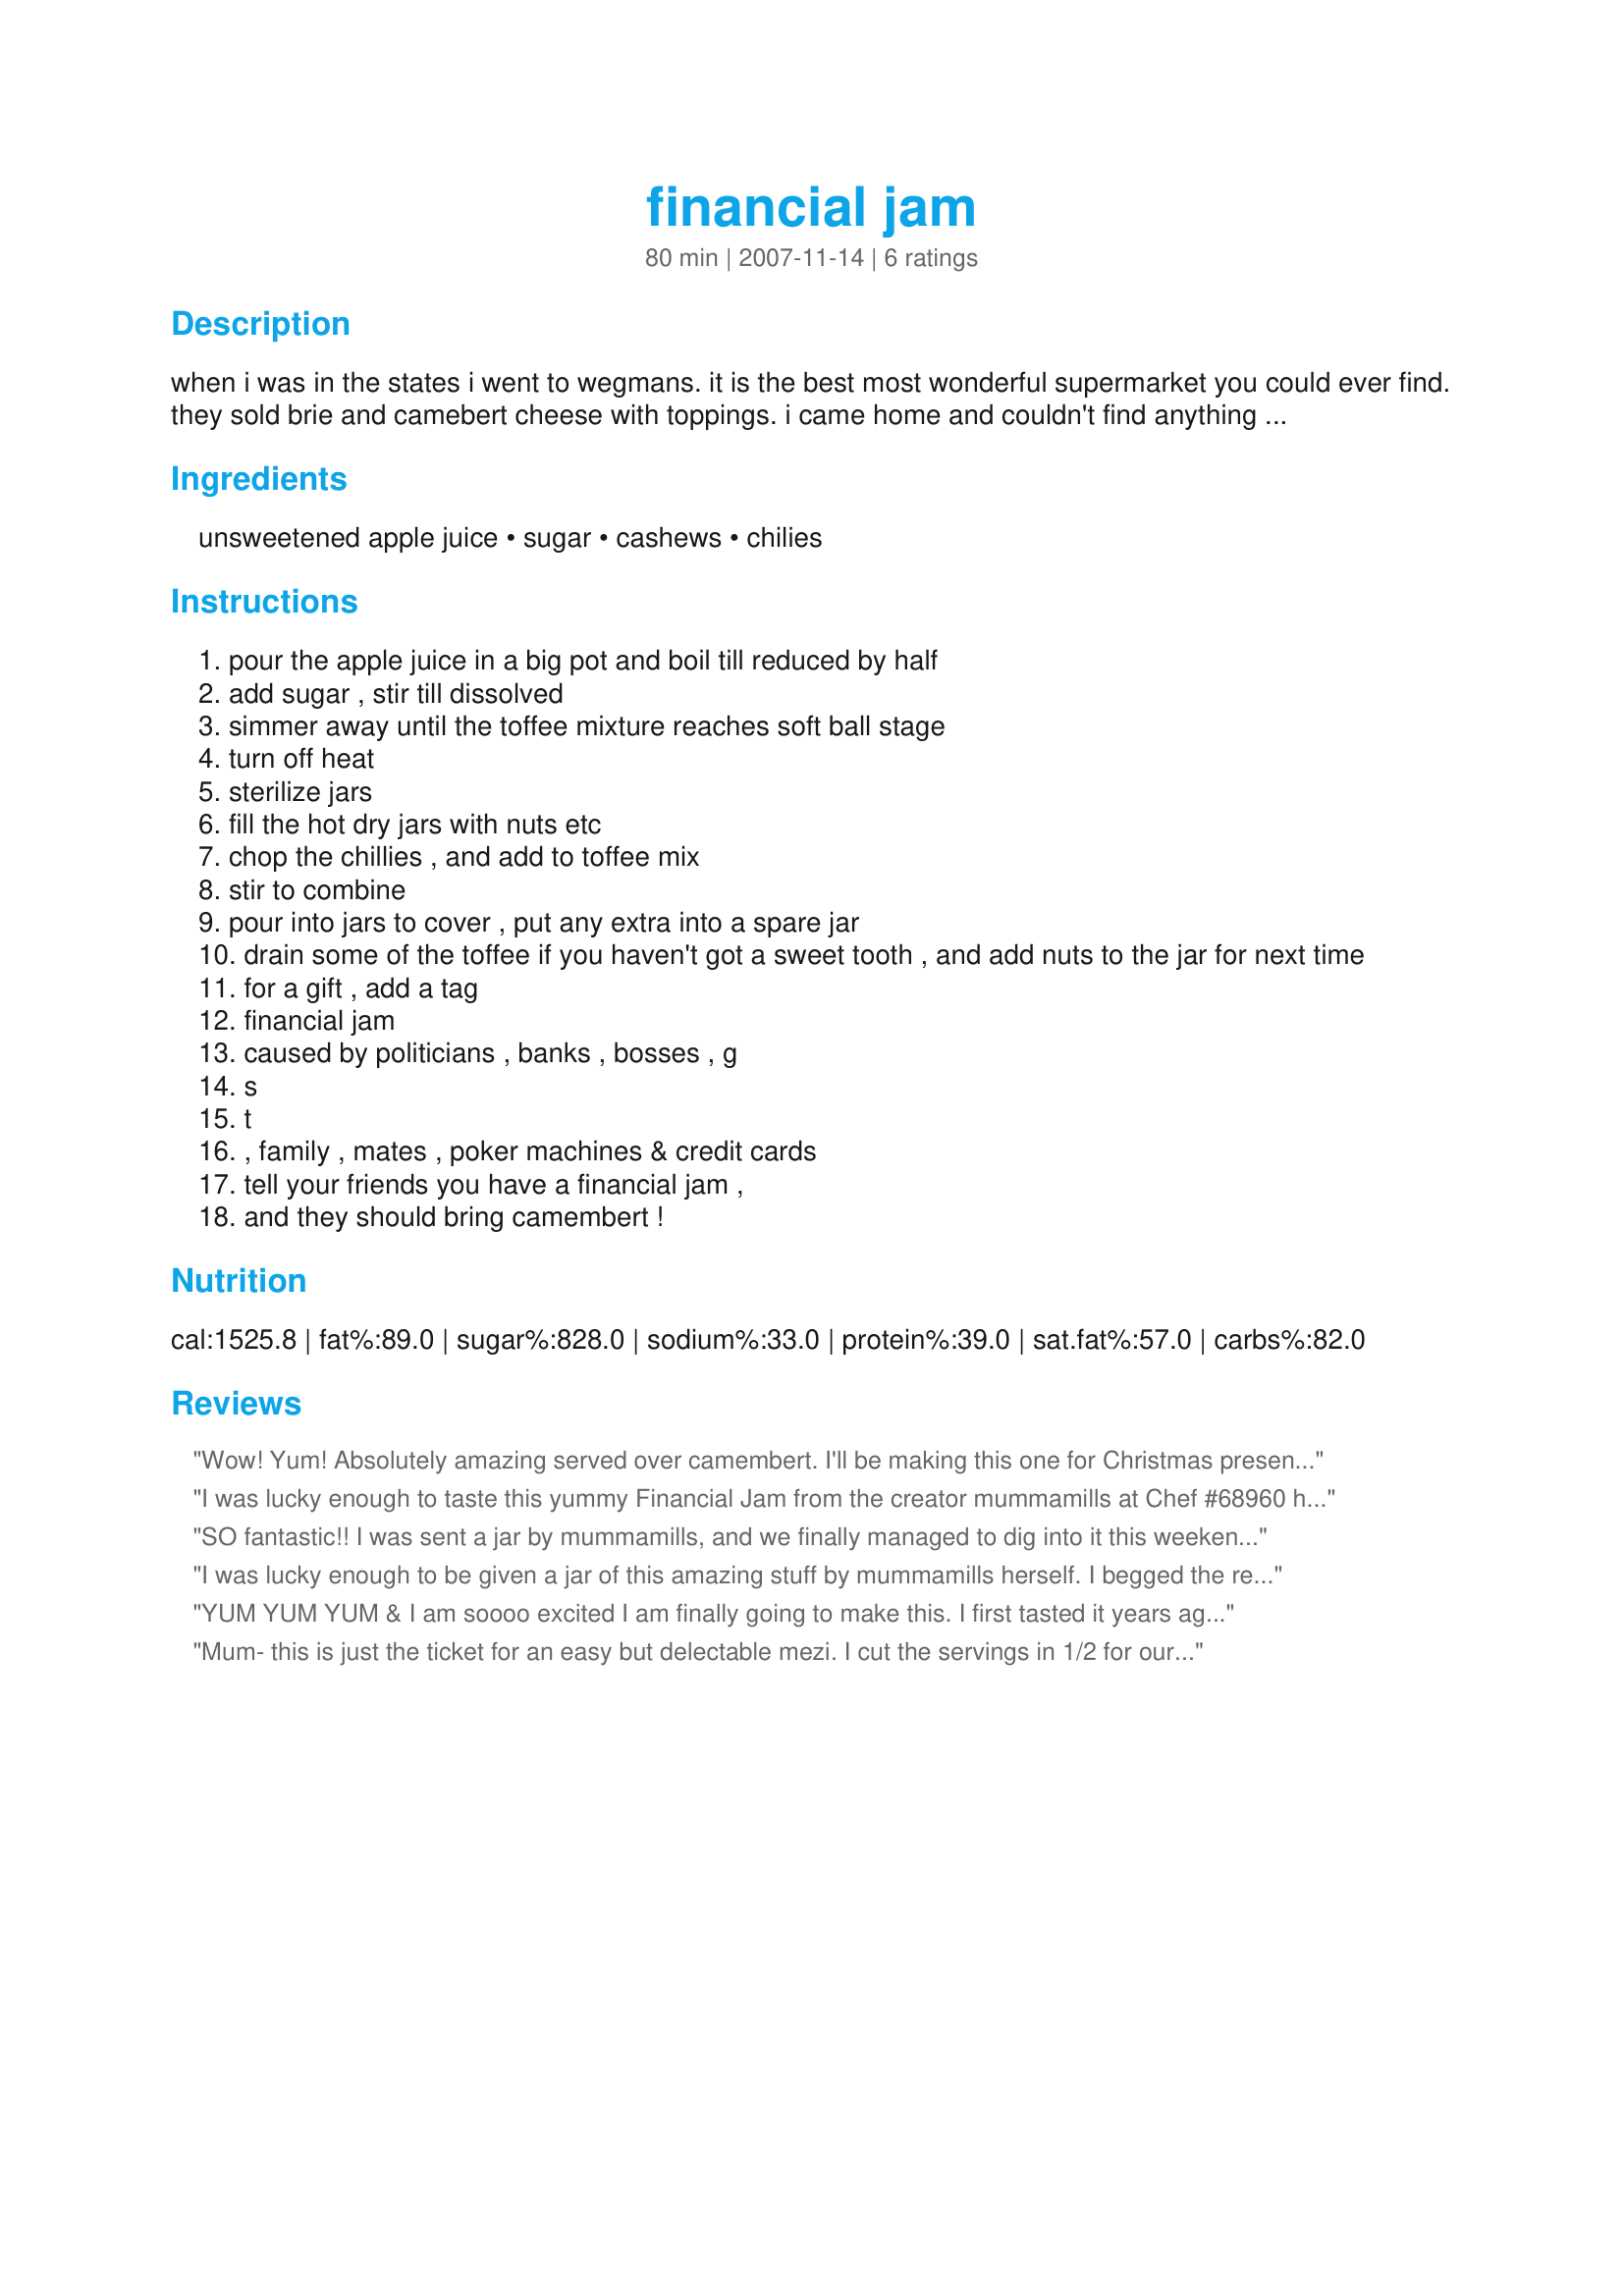
financial jam
Preparation time: 80 minutes

when i was in the states i went to wegmans. it is the best most wonderful supermarket you could ever find. they sold brie and camebert cheese with toppings. i came home and couldn't find anything like it, so here is my recipe for a "topping"

i usually add this tag

financial jam
caused by
politicians, banks, bosses, g.s.t., family,
mates, poker machines & credit cards.
tell your friends you have a
financial jam,
and they should bring camembert!!!

it isn't really a recipe, its more of an idea, and i invite you to do your own thing. i have used craisens, in the mix, was great, but i found australian sultanas were way too sweet. you dont have to add the chilli, but it cuts the sweetness. i use chrissyo's chilli sauce for home use, its great, but the jam doesnt look as good.

Ingredients:
unsweetened apple juice, sugar, cashews, chilies

Steps:
pour the apple juice in a big pot and boil till reduced by half
add sugar , stir till dissolved
simmer away until the toffee mixture reaches soft ball stage
turn off heat
sterilize jars
fill the hot dry jars with nuts etc
chop the chillies , and add to toffee mix
stir to combine
pour into jars to cover , put any extra into a spare jar
drain some of the toffee if you haven't got a sweet tooth , and add nuts to the jar for next time
for a gift , add a tag
financial jam
caused by politicians , banks , bosses , g
s
t
, family , mates , poker machines & credit cards
tell your friends you have a financial jam ,
and they should bring camembert !

Reviews:
Wow! Yum! Absolutely amazing served over camembert. I'll be making this one for Christmas presents for sure. I think we are really lucky that Jan actually shared this with us! Thank you Mummamills. Now I'd *really* love your recipe for Pickled Peppers - pleeease!
I was lucky enough to taste this yummy Financial Jam from the creator mummamills at Chef #68960 home (See menu: Menu #17731) It was so yummy, mummamills served it with Camembert cheese and crackers. I liked the sweet, spicy and crunchy texture from the jam on top of the savoury contracts with the cheese. Thank you mummamills.
SO fantastic!! I was sent a jar by mummamills, and we finally managed to dig into it this weekend. Served it over Camembert, and everyone loved it!! Definitely going to be making some more. Thanks mummamills!
I was lucky enough to be given a jar of this amazing stuff by mummamills herself. I begged the recipe from her and here it is. My husband was a bit sceptical about camembert with this sweetish, spicy topping, but is now a firm convert. Mumma sent me on my way with a jar and I shared my precious stuff with Jewelies who also loved it. I'm currently staying with her and we plan to make our own batch tomorrow before I leave. I topped up the remaining toffee with roasted macadamias for a change.
YUM YUM YUM & I am soooo excited I am finally going to make this. I first tasted it years ago in Hervey Bay in Qld Australia & fell in love with it I can't wait to make for xmas pressies for everyone so they too can have something so scrumptious to eat !!
Mum- this is just the ticket for an easy but delectable mezi. I cut the servings in 1/2 for our small dinner party and it came out wonderful. I used a finely chopped chili grown in my window garden, app0lejuice from aldi's, and the pecans as that is what I had on hand. WONDERFUL! Served over brie, and camembert cheese. I plan to make this for the holidays using the full amounts but also add in some dried cranberries chopped up for a flash of color and a tart taste. WOW O WOW. Made for Aus/NZ Swap 33,
